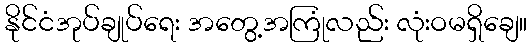
နိုင်ငံအုပ်ချုပ်ရေး အတွေ့အကြုံလည်း လုံးဝမရှိချေ။